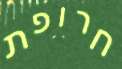
חרופת